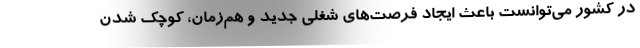
در کشور می‌توانست باعث ایجاد فرصت‌های شغلی جدید و هم‌زمان، کوچک شدن